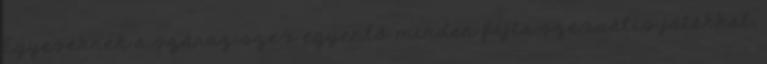
Egyeseknek a száraz szex egyenlő minden fajta szexuális játékkal,